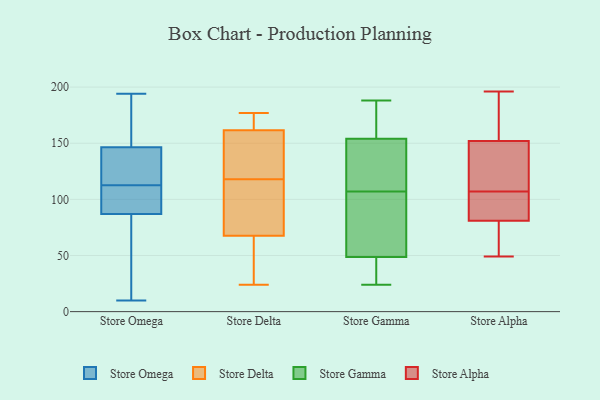
{"axis": {"x": "Bounce Rate (%)", "y": "Value"}, "legend": ["Store Alpha", "Store Delta", "Store Gamma", "Store Omega"], "data": [{"x": "", "y": 135, "type": "Store Omega"}, {"x": "", "y": 141, "type": "Store Omega"}, {"x": "", "y": 113, "type": "Store Omega"}, {"x": "", "y": 141, "type": "Store Omega"}, {"x": "", "y": 90, "type": "Store Omega"}, {"x": "", "y": 153, "type": "Store Omega"}, {"x": "", "y": 64, "type": "Store Omega"}, {"x": "", "y": 10, "type": "Store Omega"}, {"x": "", "y": 194, "type": "Store Omega"}, {"x": "", "y": 103, "type": "Store Omega"}, {"x": "", "y": 16, "type": "Store Omega"}, {"x": "", "y": 84, "type": "Store Omega"}, {"x": "", "y": 112, "type": "Store Omega"}, {"x": "", "y": 152, "type": "Store Omega"}, {"x": "", "y": 153, "type": "Store Omega"}, {"x": "", "y": 108, "type": "Store Omega"}, {"x": "", "y": 143, "type": "Store Delta"}, {"x": "", "y": 24, "type": "Store Delta"}, {"x": "", "y": 118, "type": "Store Delta"}, {"x": "", "y": 125, "type": "Store Delta"}, {"x": "", "y": 95, "type": "Store Delta"}, {"x": "", "y": 160, "type": "Store Delta"}, {"x": "", "y": 177, "type": "Store Delta"}, {"x": "", "y": 110, "type": "Store Delta"}, {"x": "", "y": 166, "type": "Store Delta"}, {"x": "", "y": 76, "type": "Store Delta"}, {"x": "", "y": 176, "type": "Store Delta"}, {"x": "", "y": 42, "type": "Store Delta"}, {"x": "", "y": 36, "type": "Store Delta"}, {"x": "", "y": 107, "type": "Store Gamma"}, {"x": "", "y": 24, "type": "Store Gamma"}, {"x": "", "y": 53, "type": "Store Gamma"}, {"x": "", "y": 168, "type": "Store Gamma"}, {"x": "", "y": 108, "type": "Store Gamma"}, {"x": "", "y": 166, "type": "Store Gamma"}, {"x": "", "y": 30, "type": "Store Gamma"}, {"x": "", "y": 36, "type": "Store Gamma"}, {"x": "", "y": 117, "type": "Store Gamma"}, {"x": "", "y": 87, "type": "Store Gamma"}, {"x": "", "y": 188, "type": "Store Gamma"}, {"x": "", "y": 150, "type": "Store Gamma"}, {"x": "", "y": 77, "type": "Store Gamma"}, {"x": "", "y": 105, "type": "Store Alpha"}, {"x": "", "y": 178, "type": "Store Alpha"}, {"x": "", "y": 80, "type": "Store Alpha"}, {"x": "", "y": 81, "type": "Store Alpha"}, {"x": "", "y": 151, "type": "Store Alpha"}, {"x": "", "y": 181, "type": "Store Alpha"}, {"x": "", "y": 93, "type": "Store Alpha"}, {"x": "", "y": 196, "type": "Store Alpha"}, {"x": "", "y": 92, "type": "Store Alpha"}, {"x": "", "y": 152, "type": "Store Alpha"}, {"x": "", "y": 72, "type": "Store Alpha"}, {"x": "", "y": 141, "type": "Store Alpha"}, {"x": "", "y": 49, "type": "Store Alpha"}, {"x": "", "y": 60, "type": "Store Alpha"}, {"x": "", "y": 109, "type": "Store Alpha"}, {"x": "", "y": 132, "type": "Store Alpha"}, {"x": "", "y": 81, "type": "Store Alpha"}, {"x": "", "y": 177, "type": "Store Alpha"}]}